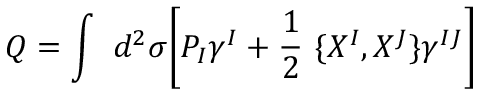
Q = \int ~ d ^ { 2 } \sigma \biggl [ P _ { I } \gamma ^ { I } + \frac { 1 } { 2 } ~ \lbrace X ^ { I } , X ^ { J } \rbrace \gamma ^ { I J } \biggr ]